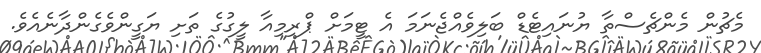
މެޗުން މެންޗެސްތާ ޔުނައިޓެޑް ބަލިވެއްޖެނަމަ އެ ޓީމަށް ޕްރިމިއާ ލީގުގެ ތަށި ޔަގީންވެގެންދާނެއެވެ.